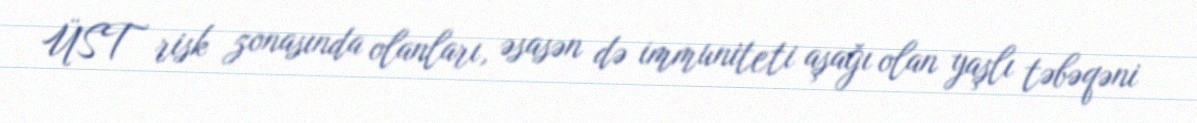
ÜST risk zonasında olanları, əsasən də immuniteti aşağı olan yaşlı təbəqəni